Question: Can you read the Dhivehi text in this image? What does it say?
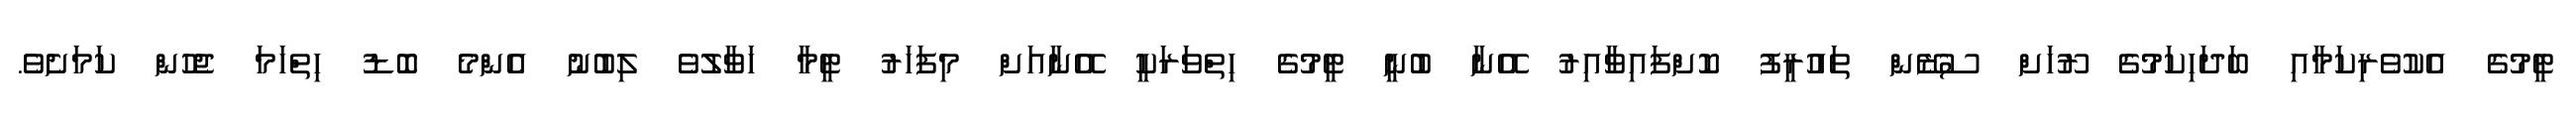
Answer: ޓީމުގެ އެކުވެރިކަމާއި ބަދަހިކަމުގެ ރޫހަށް ސުޒޭން ތައުރީފު ކޮށްފައިވާއިރު އޭނާ ބުނީ ޓީމުގެ ހިތްވަރަކީ އޭނާއަށް މިފަހަރު ޓީމާ ހަވާލުވެ ލިބުނު އެންމެ ބޮޑު ހިތްހަމަ ޖެހުން ކަމަށެވެ.